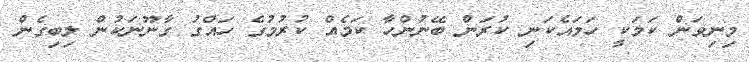
މިނިވަން ކަމަކީ ހަމައެކަނި ކުރަން ބޭނުންހާ ކަމެއް ކުރުމުގެ ހައްގު ގާނޫނަކުން ލިބިގެން